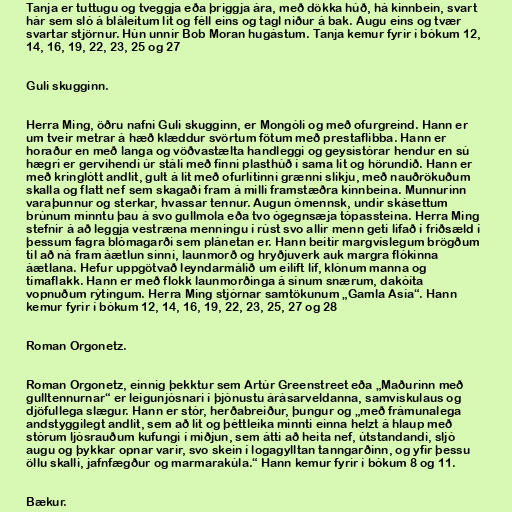
Tanja er tuttugu og tveggja eða þriggja ára, með dökka húð, há kinnbein, svart
hár sem sló á bláleitum lit og féll eins og tagl niður á bak. Augu eins og tvær
svartar stjörnur. Hún unnir Bob Moran hugástum. Tanja kemur fyrir í bókum 12,
14, 16, 19, 22, 23, 25 og 27

Guli skugginn.

Herra Ming, öðru nafni Guli skugginn, er Mongóli og með ofurgreind. Hann er
um tveir metrar á hæð klæddur svörtum fötum með prestaflibba. Hann er
horaður en með langa og vöðvastælta handleggi og geysistórar hendur en sú
hægri er gervihendi úr stáli með fínni plasthúð í sama lit og hörundið. Hann er
með kringlótt andlit, gult á lit með ofurlítinni grænni slikju, með nauðrökuðum
skalla og flatt nef sem skagaði fram á milli framstæðra kinnbeina. Munnurinn
varaþunnur og sterkar, hvassar tennur. Augun ómennsk, undir skásettum
brúnum minntu þau á svo gullmola eða tvo ógegnsæja tópassteina. Herra Ming
stefnir á að leggja vestræna menningu í rúst svo allir menn geti lifað í friðsæld í
þessum fagra blómagarði sem plánetan er. Hann beitir margvíslegum brögðum
til að ná fram áætlun sinni, launmorð og hryðjuverk auk margra flókinna
áætlana. Hefur uppgötvað leyndarmálið um eilíft líf, klónum manna og
tímaflakk. Hann er með flokk launmorðinga á sínum snærum, dakóíta
vopnuðum rýtingum. Herra Ming stjórnar samtökunum „Gamla Asía“. Hann
kemur fyrir í bókum 12, 14, 16, 19, 22, 23, 25, 27 og 28

Roman Orgonetz.

Roman Orgonetz, einnig þekktur sem Artúr Greenstreet eða „Maðurinn með
gulltennurnar“ er leigunjósnari í þjónustu árásarveldanna, samviskulaus og
djöfullega slægur. Hann er stór, herðabreiður, þungur og „með frámunalega
andstyggilegt andlit, sem að lit og þéttleika minnti einna helzt á hlaup með
stórum ljósrauðum kufungi í miðjun, sem átti að heita nef, útstandandi, sljó
augu og þykkar opnar varir, svo skein í logagylltan tanngarðinn, og yfir þessu
öllu skalli, jafnfægður og marmarakúla.“ Hann kemur fyrir í bókum 8 og 11.

Bækur.